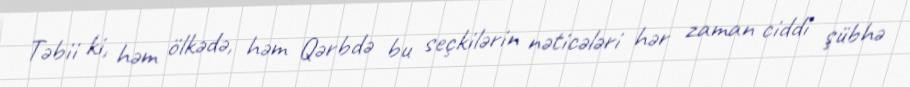
Təbii ki, həm ölkədə, həm Qərbdə bu seçkilərin nəticələri hər zaman ciddi şübhə